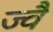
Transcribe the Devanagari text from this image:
ज्‍वै